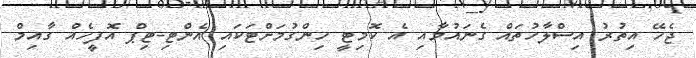
ޖެހޭ އިތުރު އިސްލާހުތައް ގެނައުމާއި އެ ކޮމިޓީ ހިންގުމަށްޓަކައި އެންޓި-ޓިޕް އޮފީހެއް ގާއިމް